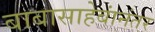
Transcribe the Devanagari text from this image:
बाबासाहेबांनंतर